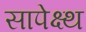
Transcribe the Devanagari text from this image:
सापेक्ष्थ